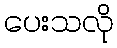
ပေးသလို